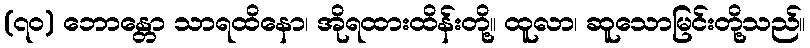
(၇၀) ဘောန္တော သာရထိနော၊ အိုရထားထိန်းတို့။ ထူလာ၊ ဆူသောမြင်းတို့သည်။